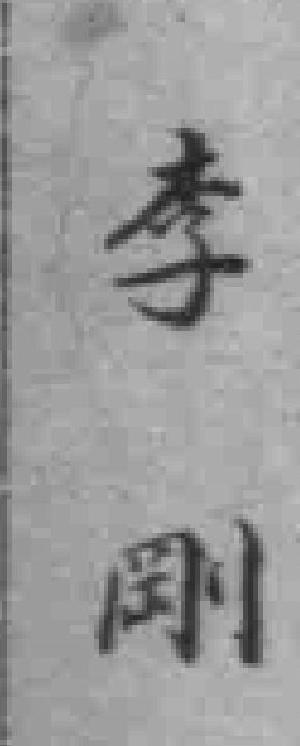
李剛